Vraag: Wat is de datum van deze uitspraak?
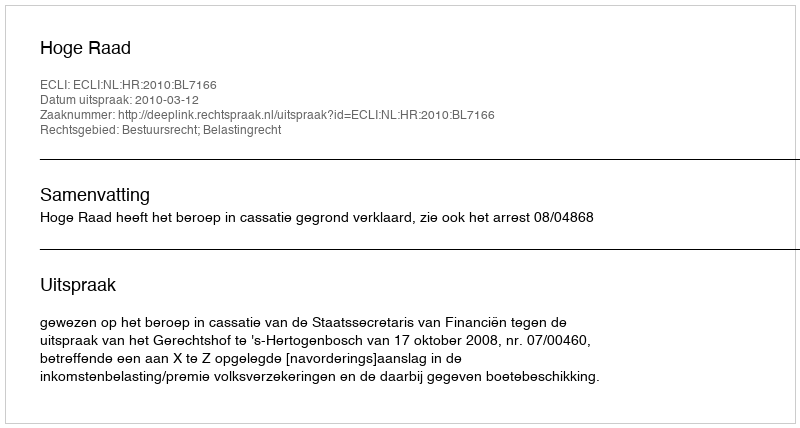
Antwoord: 2010-03-12